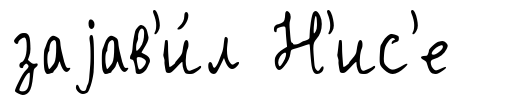
заjав'и́л Н'ис'е